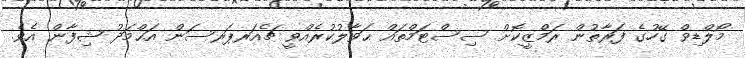
މޯލްޑިވް ގޭހުގެ ފަރާތުން ރަމްޒީކޮށް ސިސްޓަމްތައް ޙަވާލުކުރެއްވީ ޗެއަރޕަރސަން އަޙްމަދު ޝިފާން އެެވެ.